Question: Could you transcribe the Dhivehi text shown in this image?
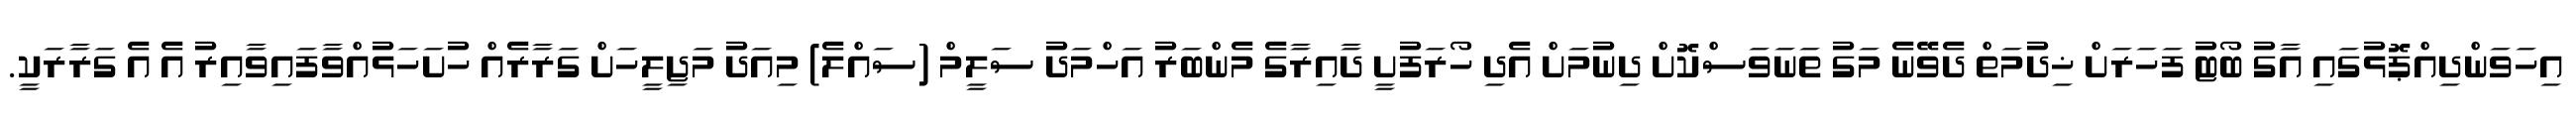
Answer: އިހަވަންދިއްޕޮޅުގައި އާގު ބޯޓު ފަހަރަށް ޚިދުމަތް ދެވޭނެ މަގު ތަނަވަސްކޮށް ދިނުމަށް އެދި ހޯރަފުށީ ދާއިރާގެ މެންބަރު އަހްމަދު ސަލީމް (ސައްލެ) މިއަދު މަޖިލީހަށް ގަރާރެއް ހުށަހަޅުއްވާފައިވާއިރު އެ އެ ގަރާރަކީ.